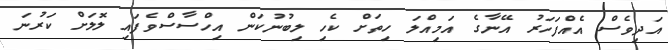
އަދިވެސް އެއްފަހަރު އޭނާގެ އަމިއްލަ ހިތަށް ކެހި ލިބުނުކަން އިހްސާސްވެފައި ލޮލަށް ކަރުނަ